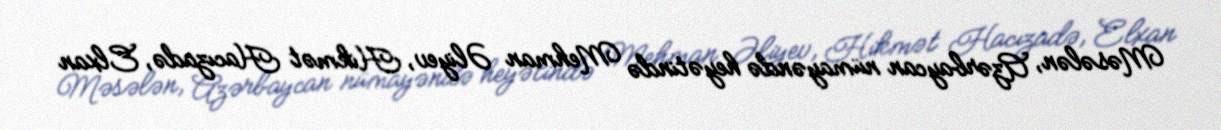
Məsələn, Azərbaycan nümayəndə heyətində Mehman Əliyev, Hikmət Hacızadə, Elxan